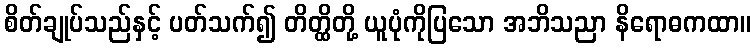
စိတ်ချုပ်သည်နှင့် ပတ်သက်၍ တိတ္ထိတို့ ယူပုံကိုပြသော အဘိသညာ နိရောဓကထာ။